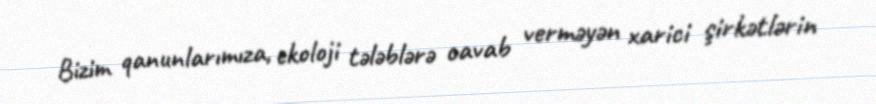
Bizim qanunlarımıza, ekoloji tələblərə cavab verməyən xarici şirkətlərin